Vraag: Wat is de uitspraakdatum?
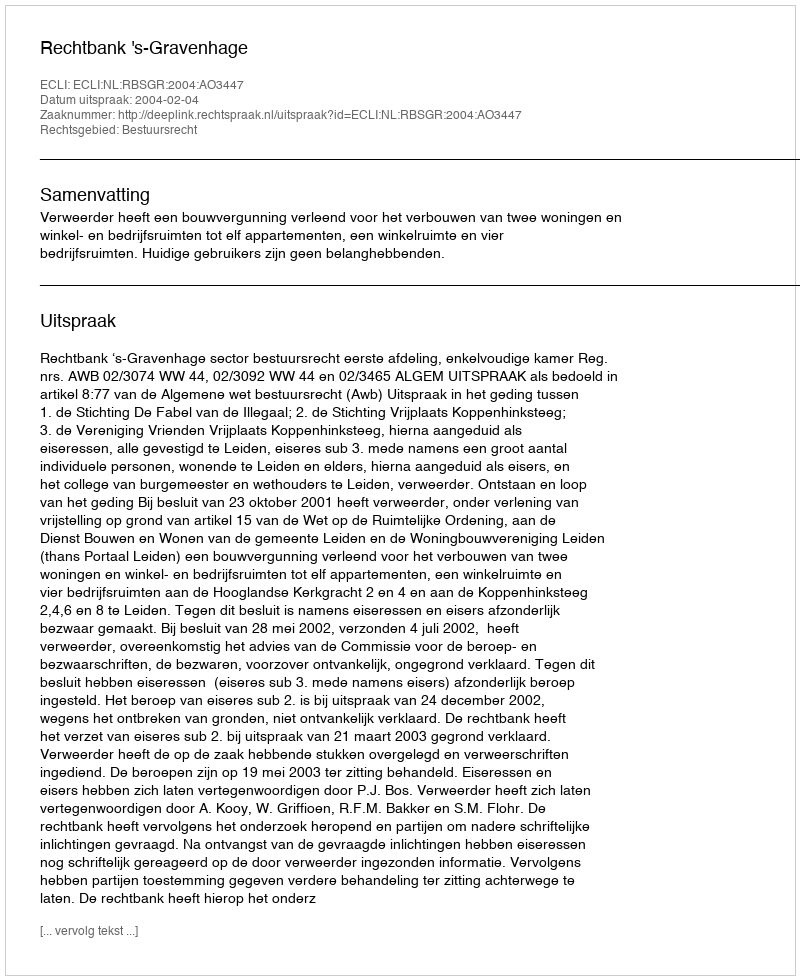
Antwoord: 2004-02-04